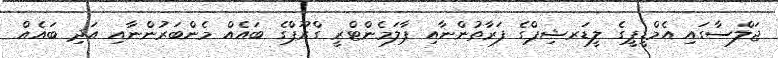
ޖަލްސާގައި އެމްޑީޕީގެ ލީޑަރޝިޕްގެ ފަރާތުންނާއި ޕާލަމެންޓްރީ ގްރޫޕްގެ ބައެއް މެންބަރުންނާއި އަދި ބައެއް